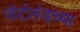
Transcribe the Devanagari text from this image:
पोर्टलंडच्या